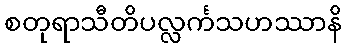
စတုရာသီတိပလ္လင်္ကသဟဿာနိ